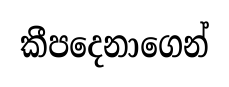
කීපදෙනාගෙන්